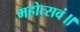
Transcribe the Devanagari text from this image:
महोत्सवं॥